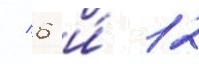
/ 6 и́ 12